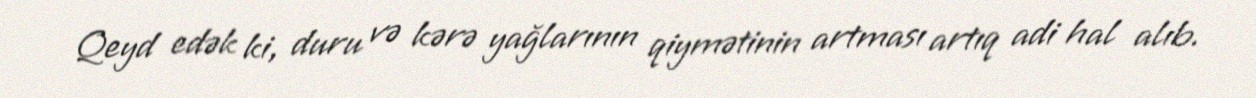
Qeyd edək ki, duru və kərə yağlarının qiymətinin artması artıq adi hal alıb.